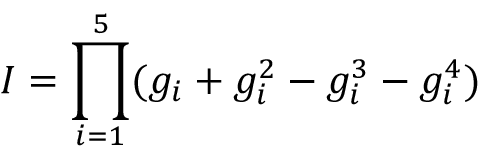
{ \cal I } = \prod _ { i = 1 } ^ { 5 } ( g _ { i } + g _ { i } ^ { 2 } - g _ { i } ^ { 3 } - g _ { i } ^ { 4 } )